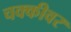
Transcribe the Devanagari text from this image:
चक्कीवर